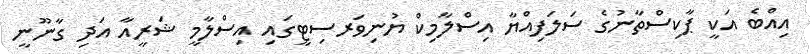
އިއްބެ އަކީ ޕާކިސްތާާނުގެ ސަލަފިއްޔާ އިސްލާމިކް ޔުނިވަރސިޓީގައި އިސްލާމީ ޝަރީއާ އަދި ގާނޫނީ